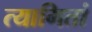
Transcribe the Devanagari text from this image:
त्यागितां